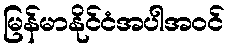
မြန်မာနိုင်ငံအပါအဝင်